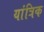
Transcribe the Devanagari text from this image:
यांत्रिक